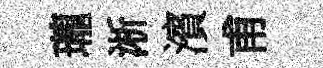
瓏淅濱甫